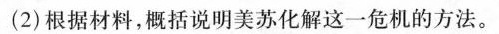
(2)根据材料，概括说明美苏化解这一危机的方法。